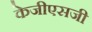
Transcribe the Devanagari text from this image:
केजीएसजी